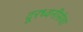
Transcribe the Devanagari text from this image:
दूरध्वनीसेवा